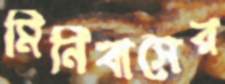
মিনিবাসের